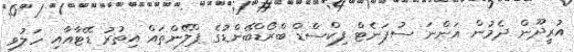
އުރީދޫން ދެމުން އަންނަ ސުޕަނެޓް ފިކްސްޑް ބްރޯޑްބޭންޑުގެ ޕްލޭންތައް އިތުރު ޑޭޓާއާއި ހަލުވި